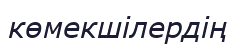
көмекшілердің